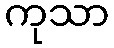
ကုသာ